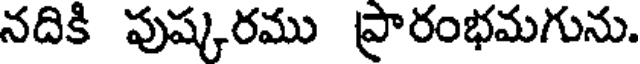
నదికి పుష్కరము ప్రారంభమగును.